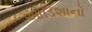
ઓડિશાનો